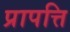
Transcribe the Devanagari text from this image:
प्रापत्ति